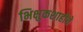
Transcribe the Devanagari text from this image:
भिक्षुकशाहीचे